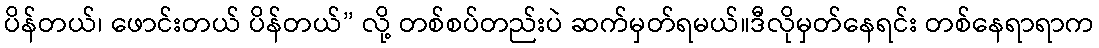
ပိန်တယ်၊ ဖောင်းတယ် ပိန်တယ်” လို့ တစ်စပ်တည်းပဲ ဆက်မှတ်ရမယ်။ဒီလိုမှတ်နေရင်း တစ်နေရာရာက